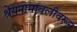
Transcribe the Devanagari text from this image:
श्रेयनामावलीवरून